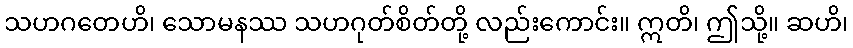
သဟဂတေဟိ၊ သောမနဿ သဟဂုတ်စိတ်တို့ လည်းကောင်း။ ဣတိ၊ ဤသို့။ ဆဟိ၊